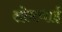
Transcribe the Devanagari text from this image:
सोमचाई